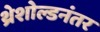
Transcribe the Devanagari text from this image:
थ्रेशोल्डनंतर